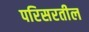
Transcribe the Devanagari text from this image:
परिसरतील